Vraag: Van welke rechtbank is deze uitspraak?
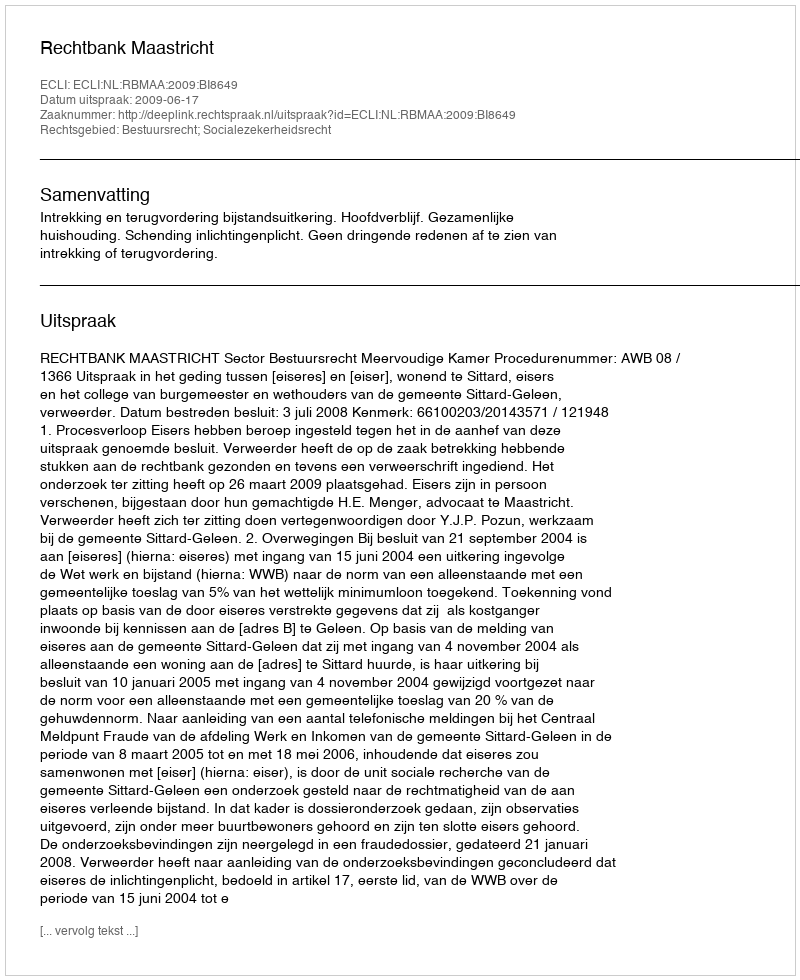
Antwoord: Rechtbank Maastricht